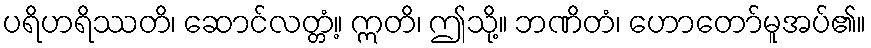
ပရိဟရိဿတိ၊ ဆောင်လတ္တံ့။ ဣတိ၊ ဤသို့။ ဘဏိတံ၊ ဟောတော်မူအပ်၏။